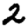
Digit: 2